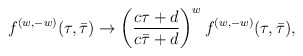
\begin{align*}{f^{(w,-w)}(\tau,\bar\tau) \to \left({c\tau + d \over c\bar\tau + d}\right)^w f^{(w,-w)}(\tau,\bar\tau) ,}\end{align*}